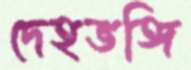
দেহভঙ্গি